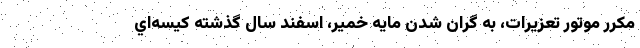
مكرر موتور تعزيرات، به گران‌ شدن مايه خمير، اسفند سال گذشته كيسه‌اي